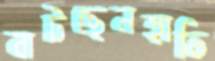
বাটছেনহাতি